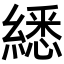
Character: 𦄵